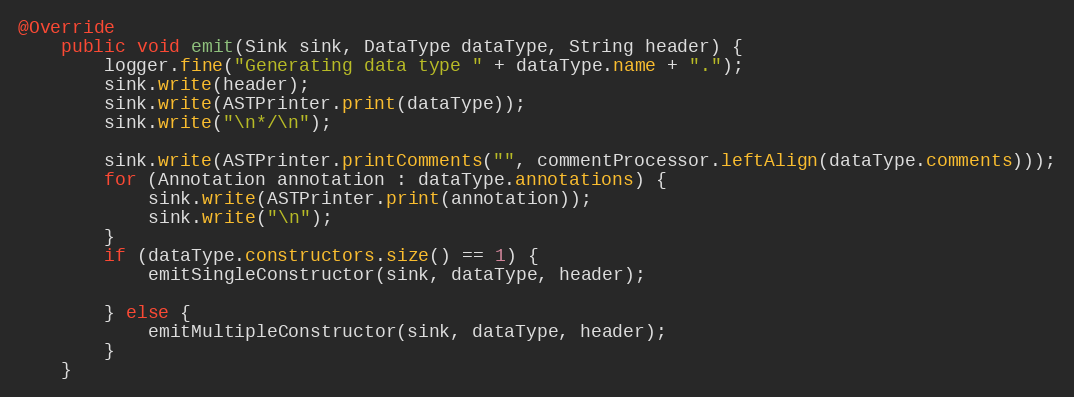
Language: Java
@Override
    public void emit(Sink sink, DataType dataType, String header) {
    	logger.fine("Generating data type " + dataType.name + ".");
        sink.write(header);
        sink.write(ASTPrinter.print(dataType));
        sink.write("\n*/\n");

        sink.write(ASTPrinter.printComments("", commentProcessor.leftAlign(dataType.comments)));
        for (Annotation annotation : dataType.annotations) {
            sink.write(ASTPrinter.print(annotation));
            sink.write("\n");
        }
        if (dataType.constructors.size() == 1) {
            emitSingleConstructor(sink, dataType, header);

        } else {
            emitMultipleConstructor(sink, dataType, header);
        }
    }